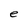
Character: e